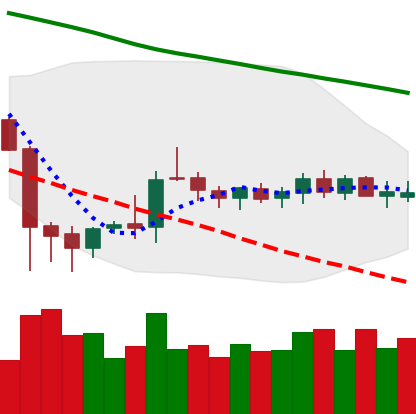
Ticker: DOGE-USD
Chart end date: 2019-10-12
Forward return: 17.735%
Label: up_7plus